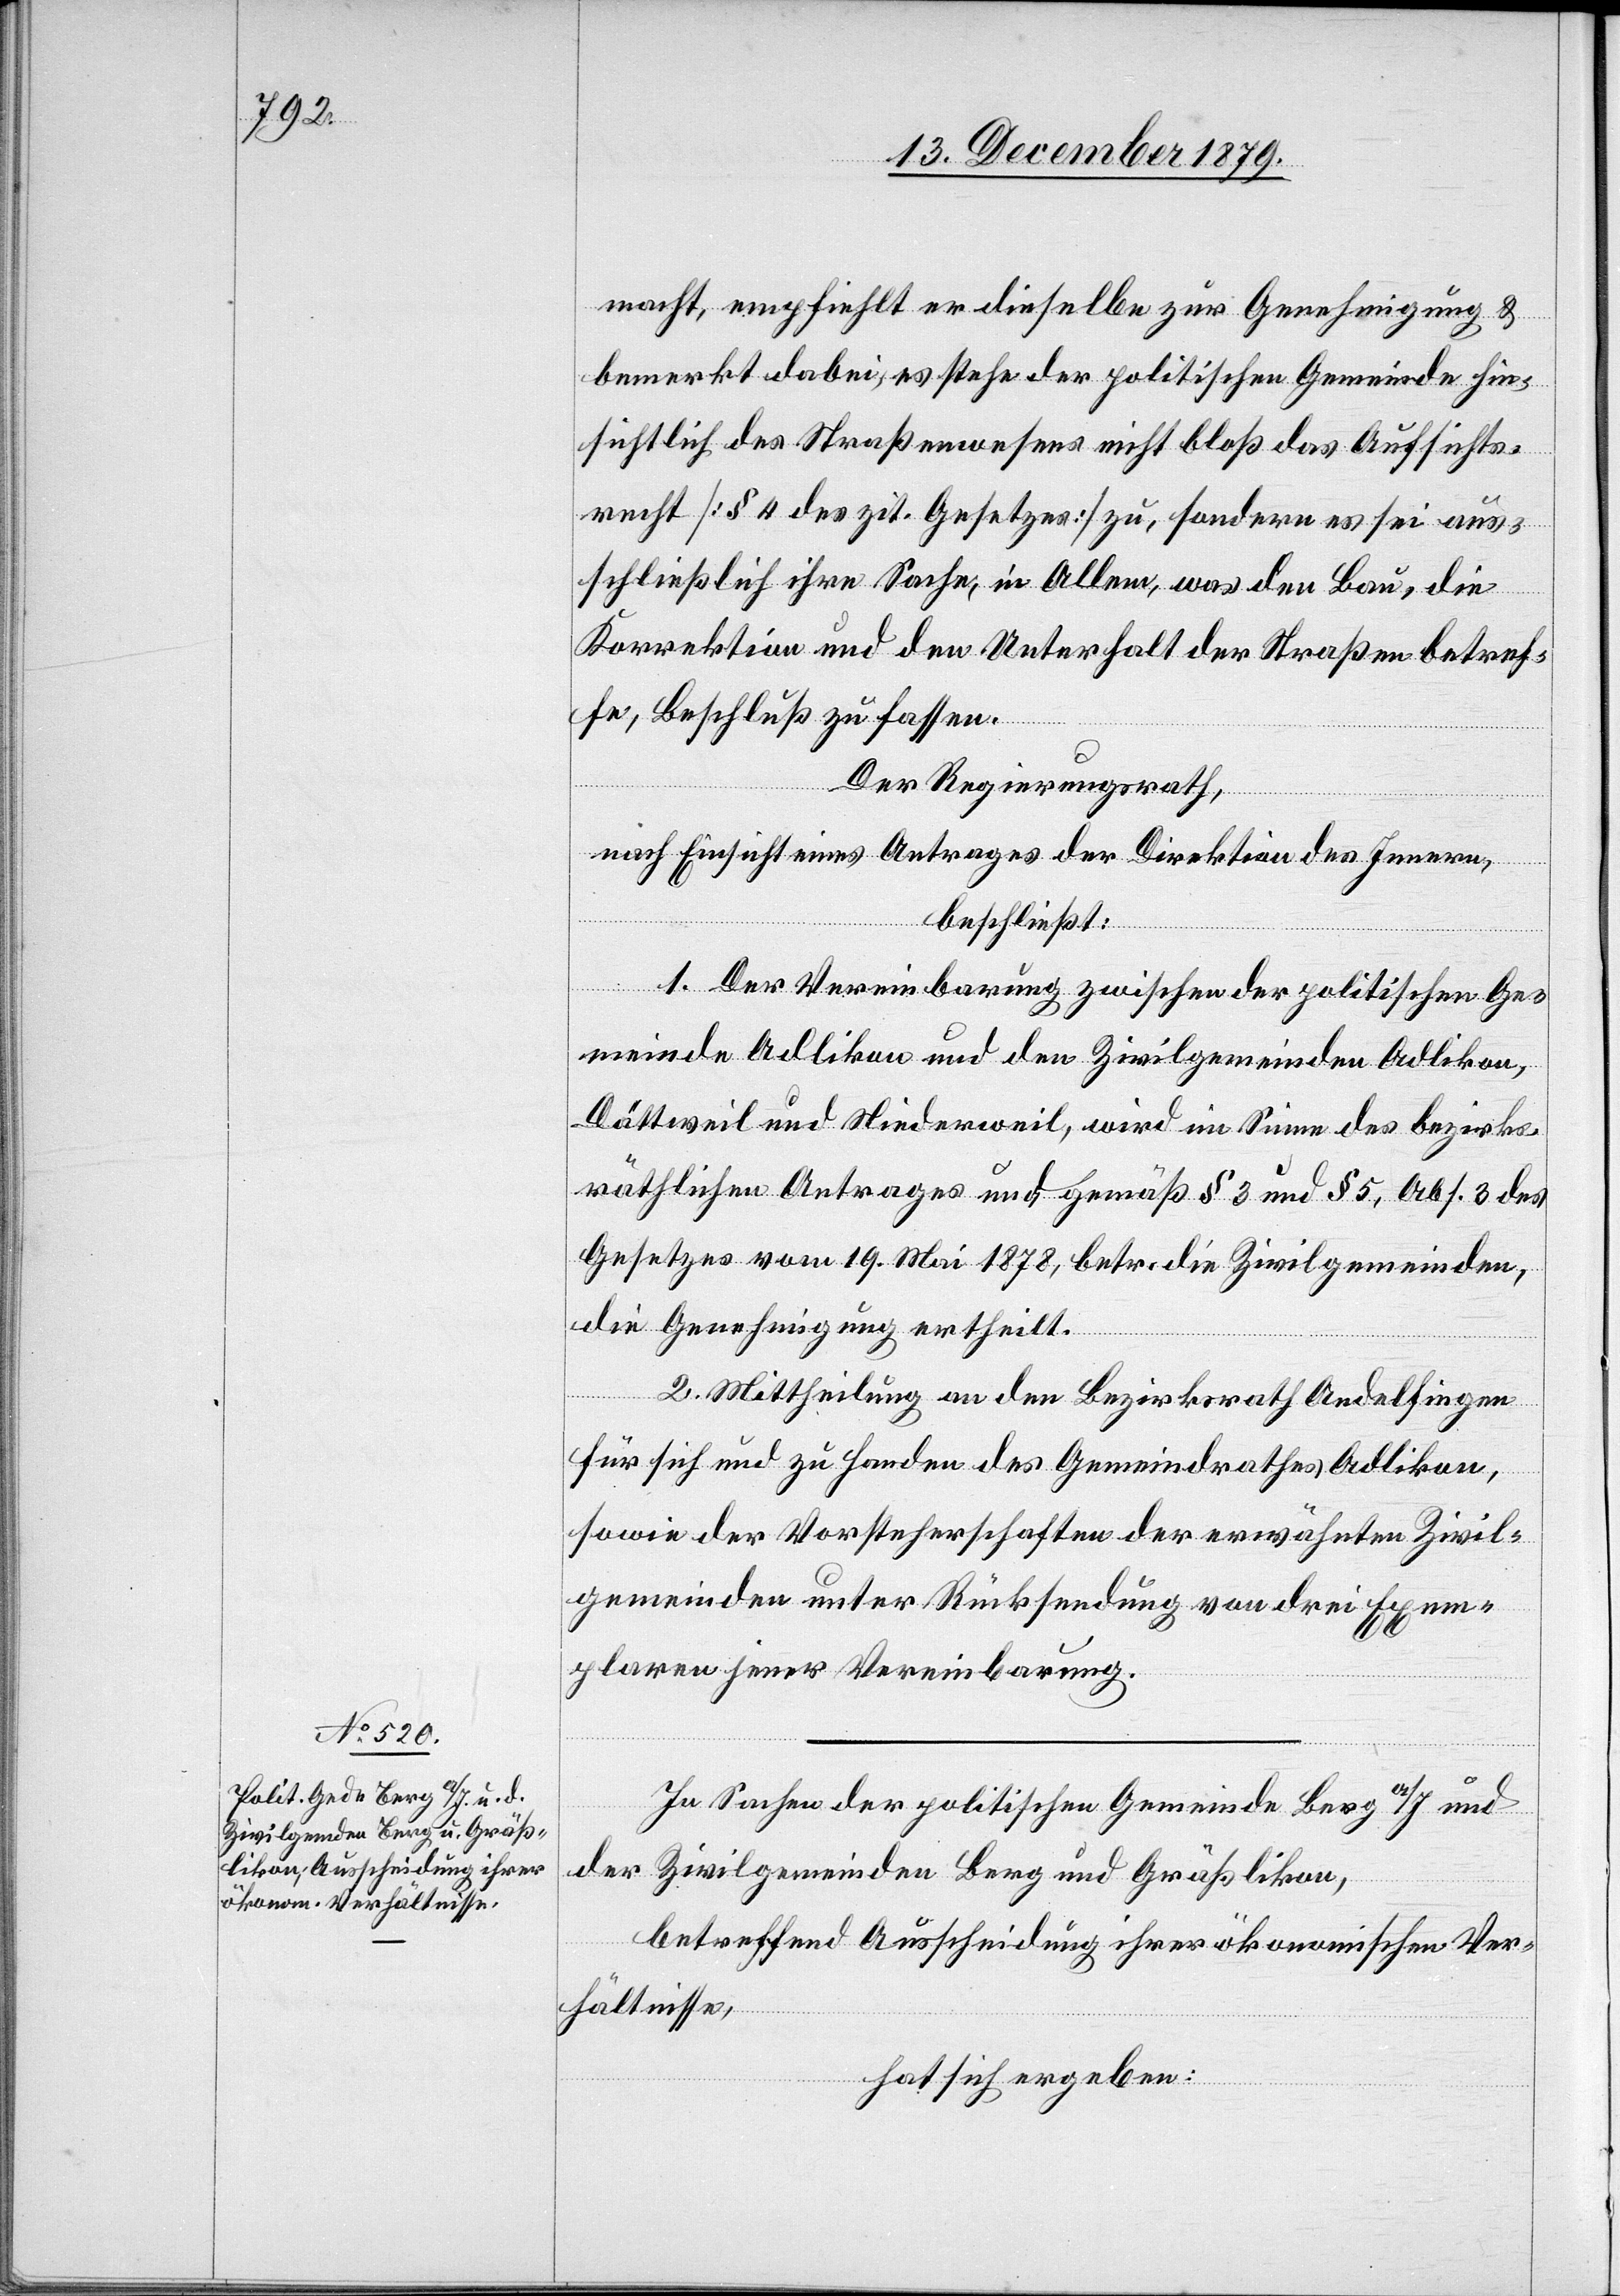
macht, empfiehlt er dieselbe zur Genehmigung &
bemerkt dabei, es stehe der politischen Gemeinde hin¬
sichtlich des Straßenwesens nicht bloß das Aufsichts¬
recht [§ 4 des zit. Gesetzes] zu, sondern es sei aus¬
schließlich ihre Sache, in Allem, was den Bau, die
Korrektion und den Unterhalt der Straßen betref¬
fe, Beschluß zu fassen.
Der Regierungsrath,
nach Einsicht eines Antrages der Direktion des Innern,
beschließt:
1. Der Vereinbarung zwischen der politischen Ge¬
meinde Adlikon und den Zivilgemeinden Adlikon,
Dättweil und Niederweil, wird im Sinne des bezirks¬
räthlichen Antrages und gemäß § 3 und § 5, Abs. 3 des
Gesetzes vom 19. Mai 1878, betr. die Zivilgemeinden,
die Genehmigung ertheilt.
2. Mittheilung an den Bezirksrath Andelfingen
für sich und zu Handen des Gemeindrathes Adlikon,
sowie der Vorsteherschaften der erwähnten Zivil¬
gemeinden unter Rücksendung von drei Exem¬
plaren jener Vereinbarung.
In Sachen der politischen Gemeinde Berg a/I. und
der Zivilgemeinden Berg und Gräßlikon,
betreffend Ausscheidung ihrer ökonomischen Ver¬
hältnisse,
hat sich ergeben: